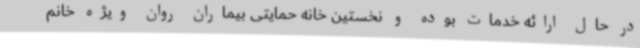
در حال ارائه خدمات بوده و نخستین خانه حمایتی بیماران روان ویژه خانم